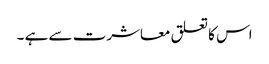
اس کا تعلق معاشرت سے ہے ۔